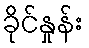
ခိုင်နှုန်း